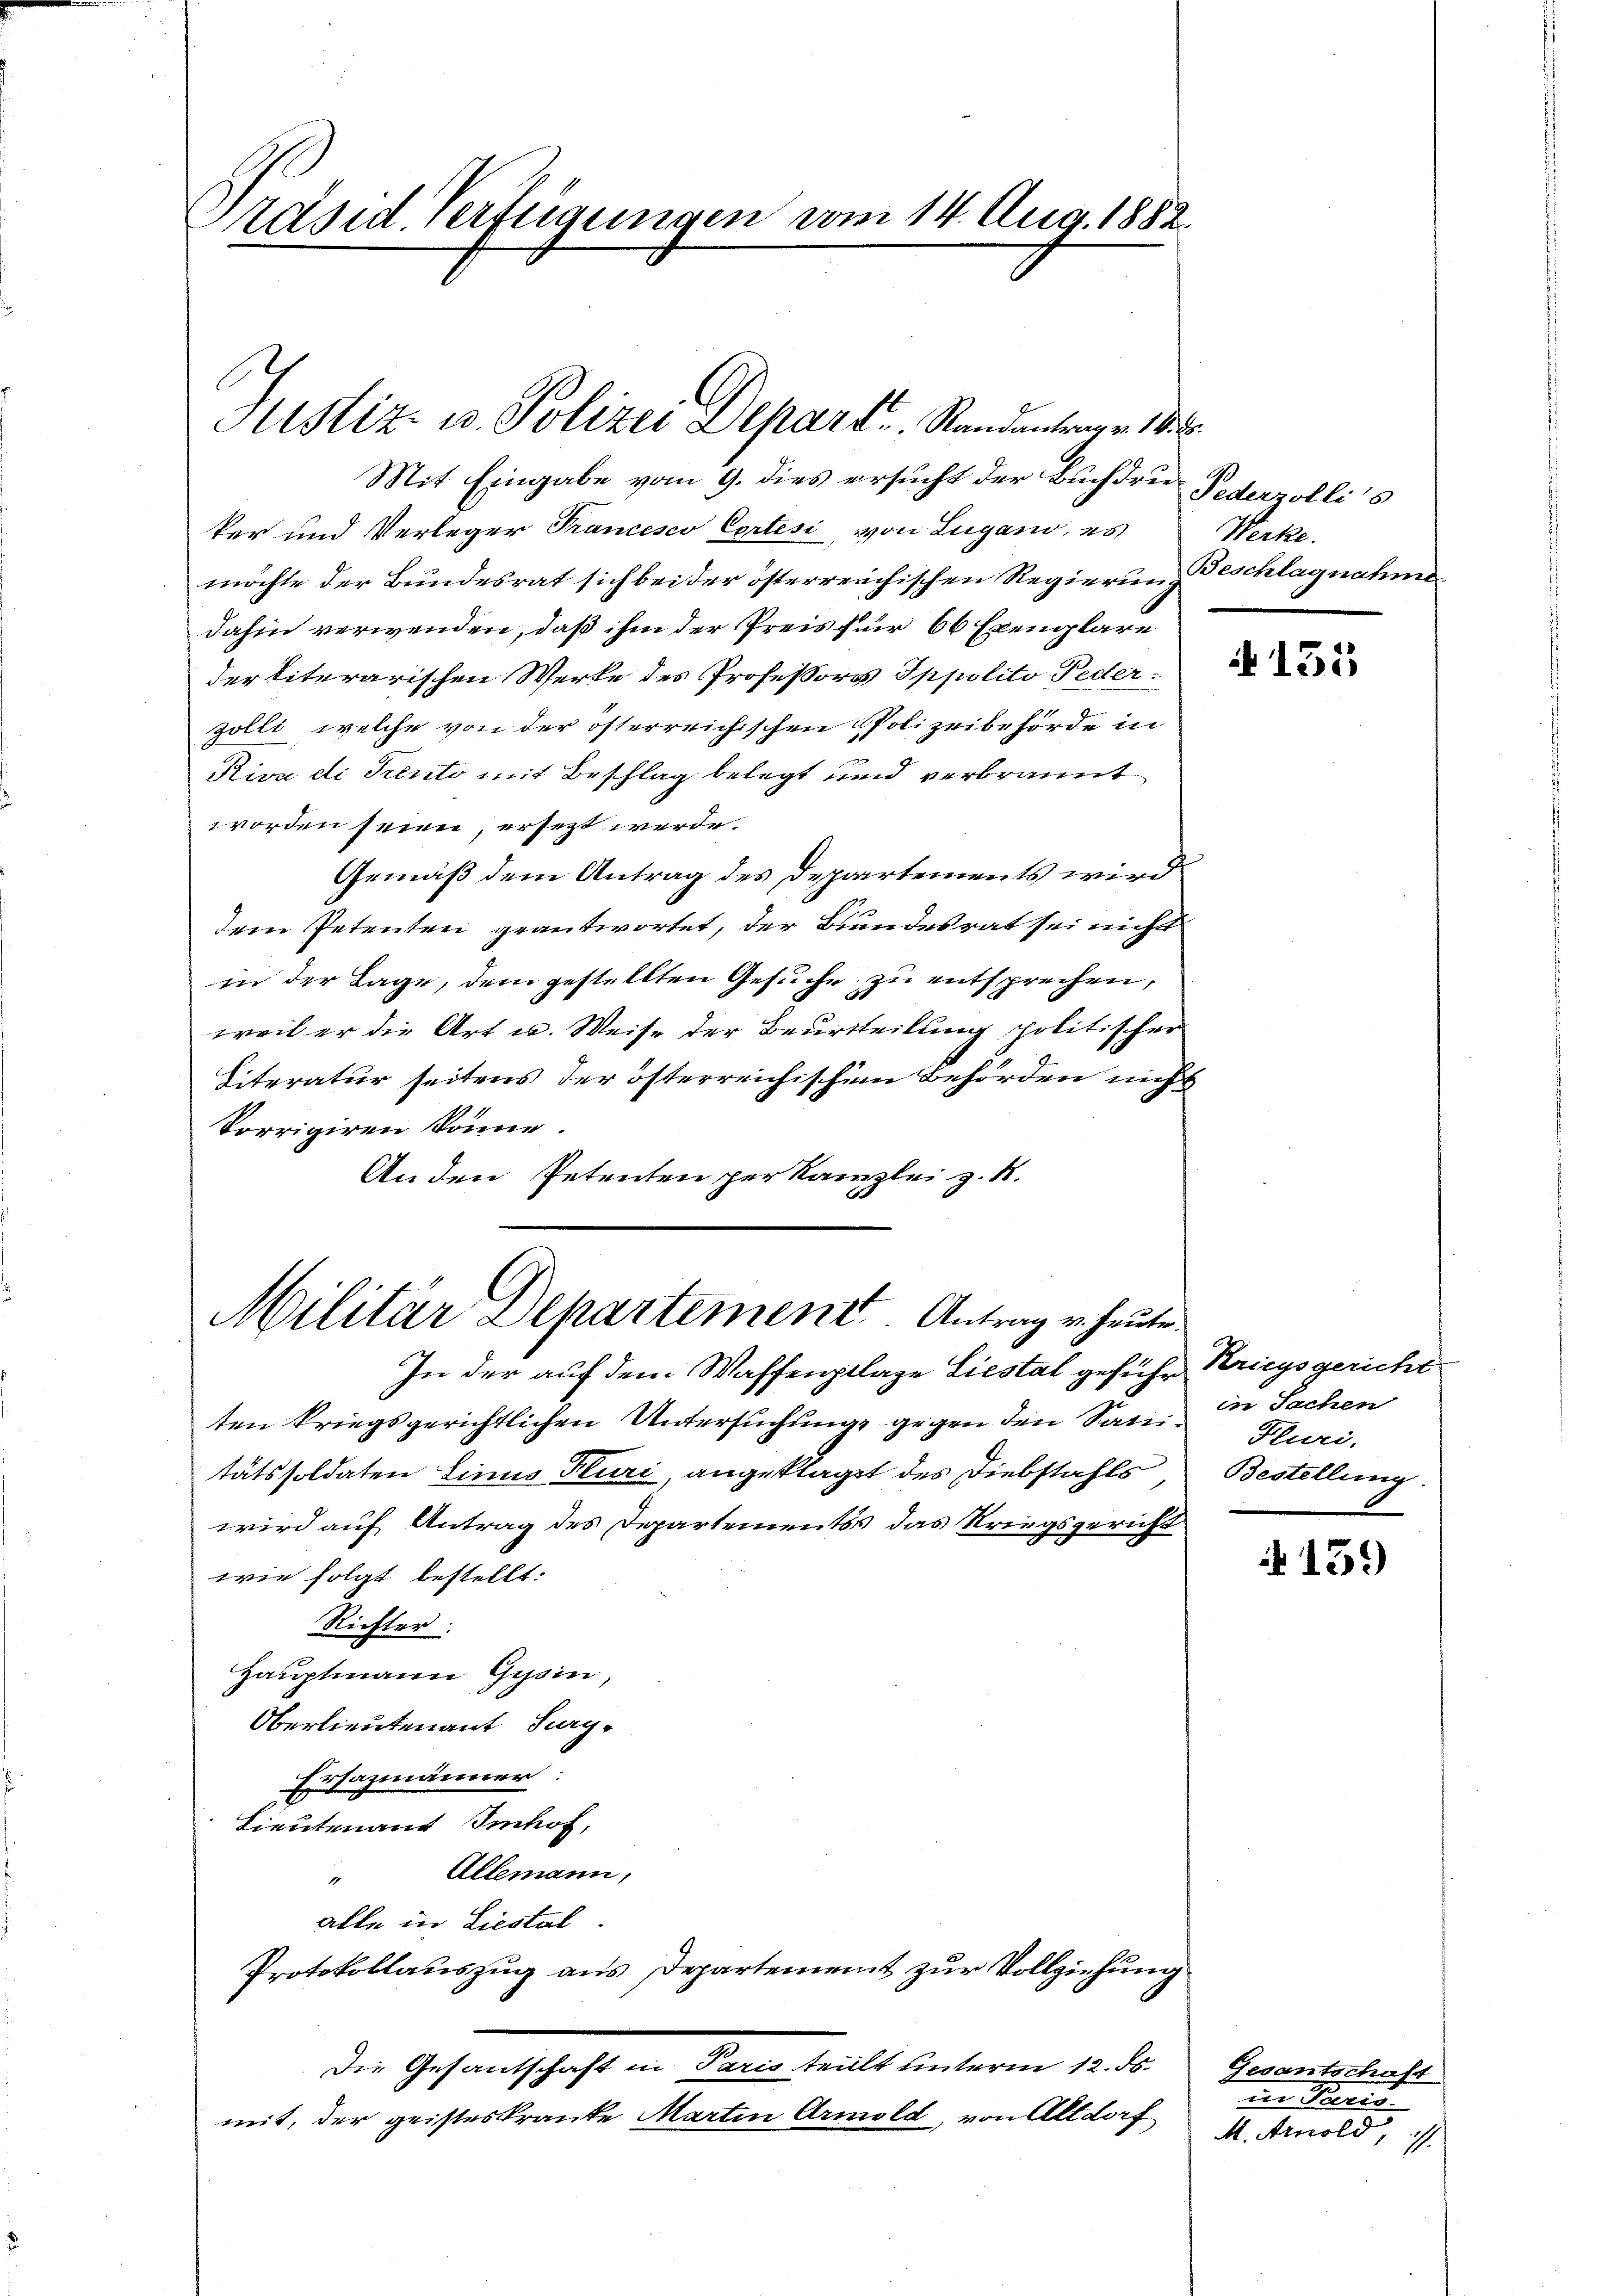
Präsid. Verfügungen vom 14. Aug. 1882.

E
Austiz- u. Polizei Departe Randentrage 1835.

Mit Eingabe vom 9. dies ersucht der Buchdru- Pederzollis
ker und Verleger Francesco Cortesi, von Lugano, es
möchte der Bundesrat sich bei der österreichischen Regierung
dahin verwenden, daß ihm der Preis für 66 Exemplare
der literarischen Werke des Professors Sppolito Federzölli, welche von der österreichischen Polizeibehörde in
Riva di Prento mit Beschlag belegt und verbrannt
worden seinen, ersezt werde.
Gemäß dem Antrag des Departements wird
dem Petenten geantwortet, der Bundesrat sei nicht
in der Lage, dem gestellten Gesuche zu entsprechen,
weil er die Art u. Weise der Beurtheilung politischer
Siteratur seitens der österreichischen Behörden nicht
korrigiren könne.
Anden Petenten per Kanzlei z. B.

Militar Departement Antrag v. heute

In der auf dem Waffenpflage Liestal geführ Kriegsgericht
ten kriegsgerichtlichen Untersuchung gegen den Sati Pluri
tätssoldaten Linus Pluri, angeklaget des Diebstahls
wird auf Antrag des Departements das Kriegsgericht
wie folgt bestellt:
Richter:
Hauptmann Gysin,
Oberlieutenant Sug-
Eusazmänner:
Lieutenant Imhof,
Allemann,
1
alle in Liestal
Protokollauszug aus Departement zur Vollziehung
Die Gesantschaft in Paris teillt unterm 12. ds. Gesantschaft
mit, der geisteskranke Martin Arnold, von Altdorf

Werke.
Beschlagnahme

135

in Sachen
Bestellung.

13.)

in Beric
M. Arnold,